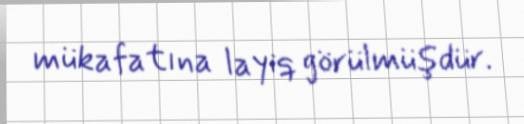
mükafatına layiq görülmüşdür.